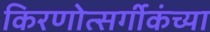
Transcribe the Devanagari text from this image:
किरणोत्सर्गीकंच्या